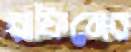
রাফিনের